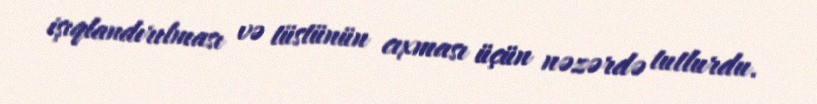
işıqlandırılması və tüstünün cıxması üçün nəzərdə tutlurdu.